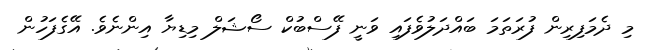
މި ދެމަފިރިން ފުރަތަމަ ބައްދަލުވެފައި ވަނީ ފޭސްބުކް ސޯޝަލް މިޑިޔާ އިންނެވެ. އޭގެފަހުން